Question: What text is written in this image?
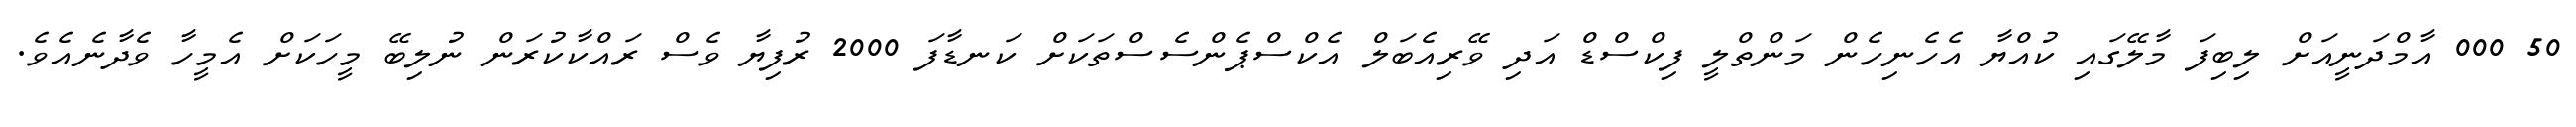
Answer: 50 000 އާމްދަނީއަށް ލިބިފަ މާލޭގައި ކުއްޔާ އެހެނިހެން މަންތްލީ ފިކްސްޑް އަދި ވޭރިއެބަލް އެކްސްޕެންސެސްތަކަށް ކަނޑާފަ 2000 ރުފިޔާ ވެސް ރައްކާކުރަން ނުލިބޭ މީހަކަށް އެމީހާ ވެދާނެއެވެ.